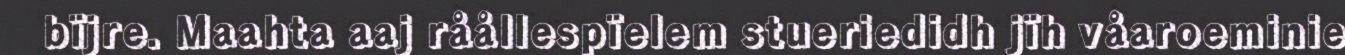
bïjre. Maahta aaj råållespïelem stueriedidh jïh våaroeminie